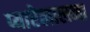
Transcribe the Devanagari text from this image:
प्यारेलालना